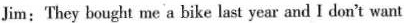
Jim:They bought me a bike last year and I don't want